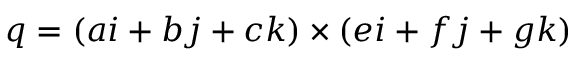
q = ( a i + b j + c k ) \times ( e i + f j + g k )